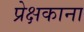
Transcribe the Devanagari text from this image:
प्रेक्षकाना